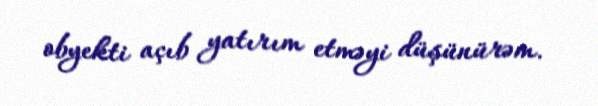
obyekti açıb yatırım etməyi düşünürəm.